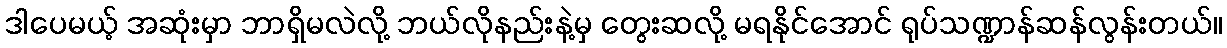
ဒါပေမယ့် အဆုံးမှာ ဘာရှိမလဲလို့ ဘယ်လိုနည်းနဲ့မှ တွေးဆလို့ မရနိုင်အောင် ရုပ်သဏ္ဍာန်ဆန်လွန်းတယ်။